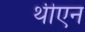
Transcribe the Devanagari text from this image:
थीएन